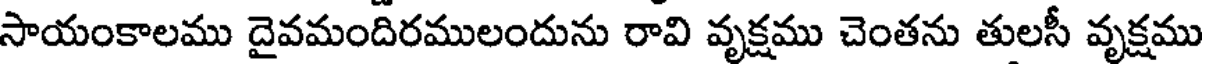
సాయంకాలము దైవమందిరములందును రావి వృక్షము చెంతను తులసీ వృక్షము